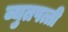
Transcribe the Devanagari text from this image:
व्युतपत्ती